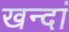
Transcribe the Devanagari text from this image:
खन्दां